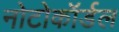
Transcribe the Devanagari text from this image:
नोटोकॉर्डल